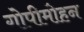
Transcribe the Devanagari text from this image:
गोपीमोहन